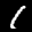
Label: 1